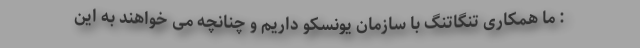
: ما همکاری تنگاتنگ با سازمان یونسکو داریم و چنانچه می خواهند به این